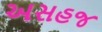
અસહજ